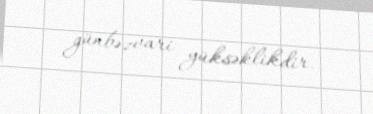
günbəzvari yüksəklikdir.